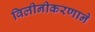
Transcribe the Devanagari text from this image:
विलीनीकरणाने